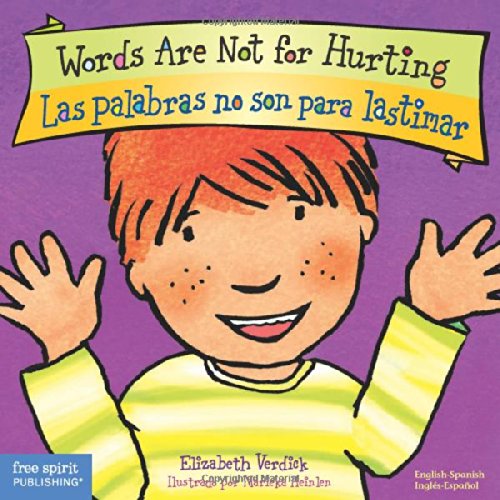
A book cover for Words Are Not for Hurting / Las palabras no son para lastimar (Best Behavior) (English and Spanish Edition); Elizabeth Verdick; Reference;